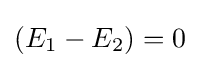
\textstyle (E_{1}-E_{2})=0